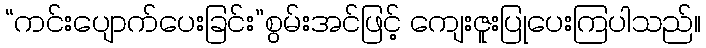
“ကင်းပျောက်ပေးခြင်း”စွမ်းအင်ဖြင့် ကျေးဇူးပြုပေးကြပါသည်။